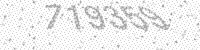
Solution: 719359